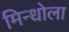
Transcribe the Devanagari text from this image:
मिन्धोला